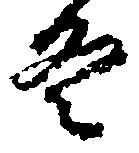
冬